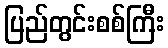
ပြည်တွင်းစစ်ကြီး